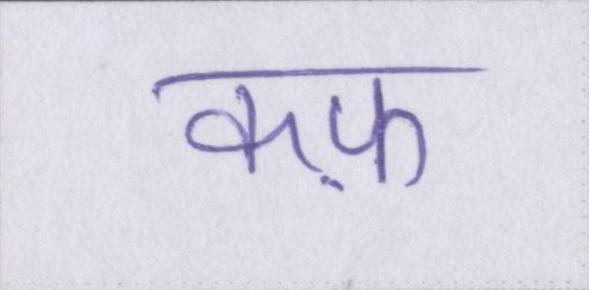
कफ़